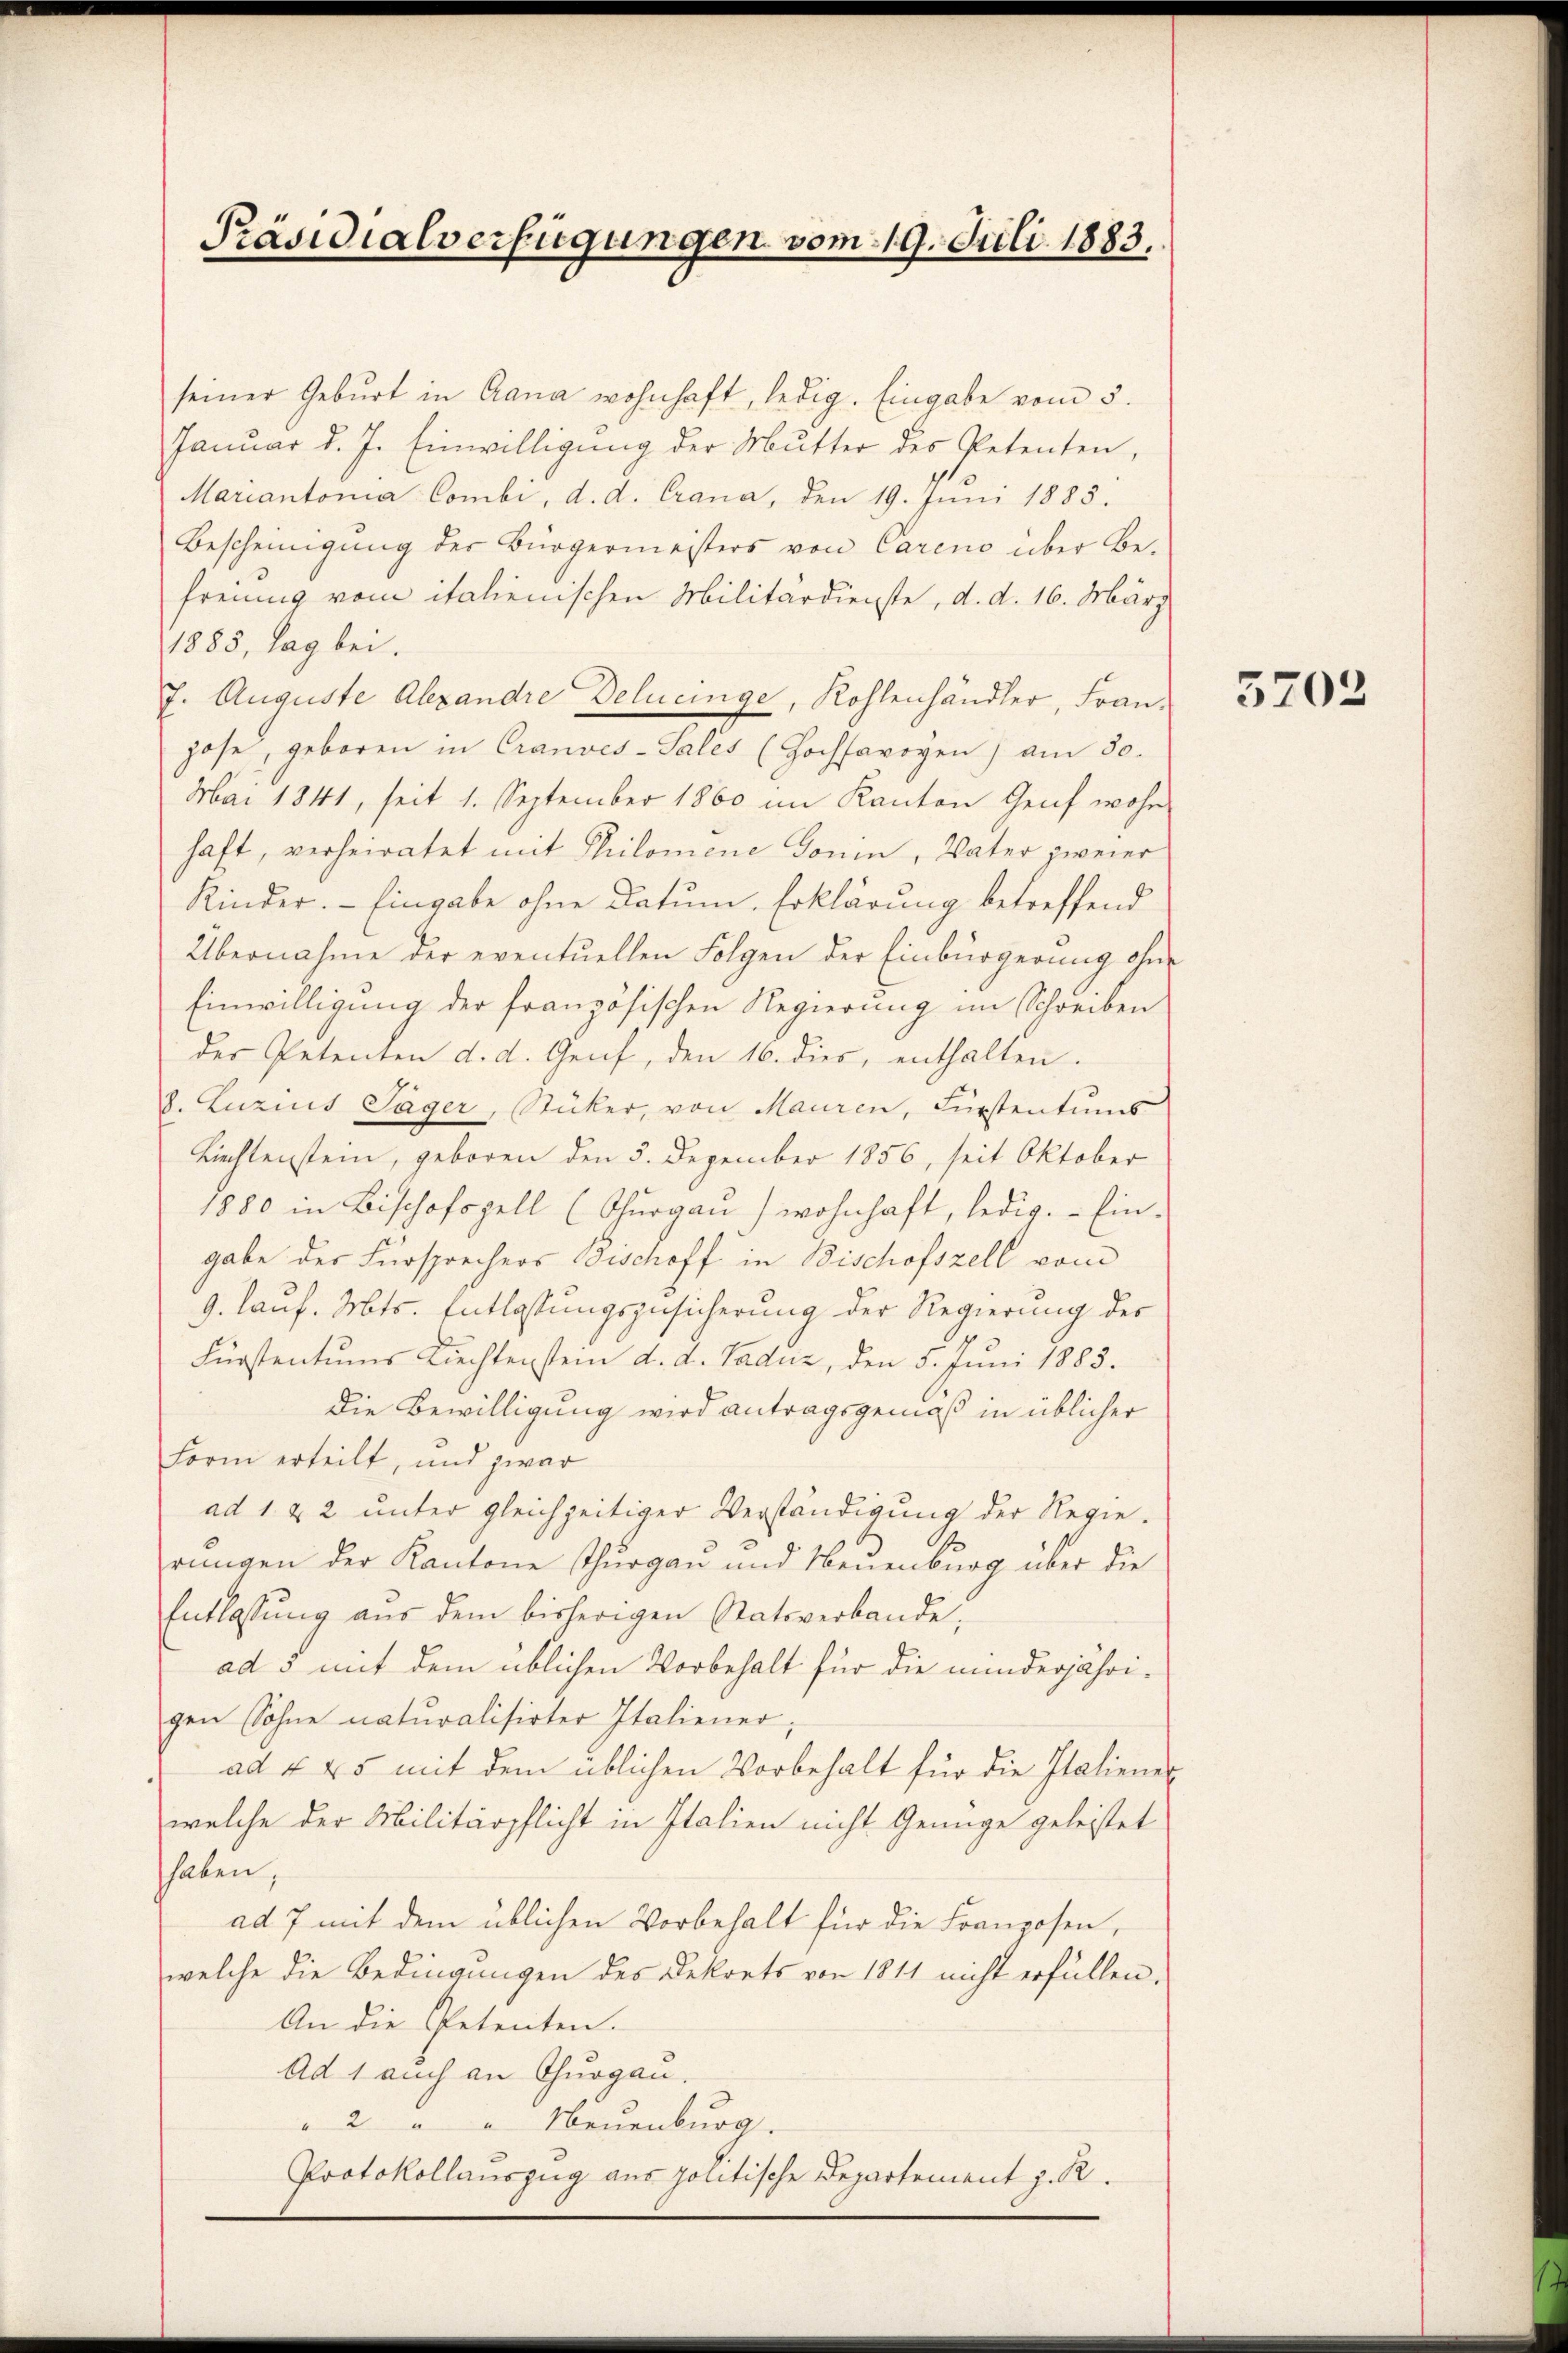
Präsidialverfügungen vom 19. Juli 1883.

seiner Geburt in Gana wohnhaft, ledig. Eingabe vom 5.
Januar d. J. Einwilligung der Mutter des Petenten,
Mariantonia Combi, d. d. Crana, den 19. Jŭni 1885.
Bescheinigung der Bürgermeisters von Carens über Befreung vom italienischen Militärdienste, d. d. 16. März
1885, Tag bei.
7. Auguste Alexandre Delucinge, Kohlenhändler, Franjose, geboren in Cranves-Salés (Hochsavoyen) am 30.
Mai 1841, seit 1. September 1860 im Kanton Genf wohn
haft, verheiratet mit Philomene Donin, Vater zweier
Kinder. - Eingabe ohne Datum. Erklärung betreffend
Übernahme der eventuellen Folgen der Einbürgerung ohne
Einwilligung der französischen Regierung im Schreiben
der Petenten d. d. Genf, den 16. dies, enthalten.
8. Luzius Jäger, Stücker, von Mauren, Fürstentums
Liechtenstein, geboren den 5. Dezember 1856, seit Oktober
1880 in Bischofszell (Thŭrgaŭ) wohnhaft, ledig. Ein-
gabe der Fürsprechers Bischoff in Bischofszell vom
9. Lauf. Mts. Entlassungszusicherung der Regierung der
Fürstentums Liechtenstein d. d. Taduz, den 5. Juni 1883.
Die Bewilligung wird antragsgemäß in üblicher
Form erteilt, und zwar
ad 1 & 2 unter gleichzeitiger Verständigung der Regierungen der Kantone Thurgau und Neuenburg über die
Entlassung aus dem bisherigen Statsverbande;
ad o mit dem üblichen Vorbehalt für die minderjährigen Sohne naturalisirter Italiener;
ad & 45 mit dem üblichen Vorbehalt für die Italiener
welche der Militärpflicht in Italien nicht Genüge geleistet
haben,
ad 7 mit dem üblichen Vorbehalt für die Franzosen,
welche die Bedingungen des Dekorts von 1811 nicht erfüllen.
An die Petenten.
Ad 1 auch an Thurgau.
" 2 " " Neuenburg.
Protokollauszug aus politische Departement z. R.

5702